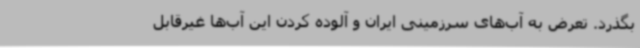
بگذرد. تعرض به آب‌های سرزمینی ایران و آلوده کردن این آب‌ها غیرقابل